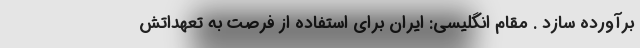
برآورده سازد . مقام انگلیسی: ایران برای استفاده از فرصت به تعهداتش